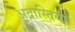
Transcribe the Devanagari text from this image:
अद्रास्तिया